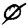
Digit: 4